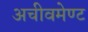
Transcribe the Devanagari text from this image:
अचीवमेण्ट